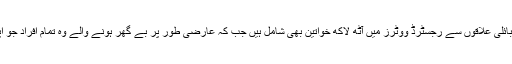
سرکاری ذرائع ابلاغ کے مطابق کمیشن کے ترجمان کا کہنا ہے کہ قبائلی علاقوں سے رجسٹرڈ ووٹرز میں آٹھ لاکھ خواتین بھی شامل ہیں جب کہ عارضی طور پر بے گھر ہونے والے وہ تمام افراد جو اپنے علاقوں کو واپس آچکے ہیں، انھیں بھی اس میں شمار کیا گیا ہے۔